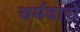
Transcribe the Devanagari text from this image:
चर्मवाद्ये